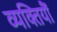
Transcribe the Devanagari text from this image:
व्यक्तियौं